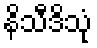
နိသီဒိသုံ